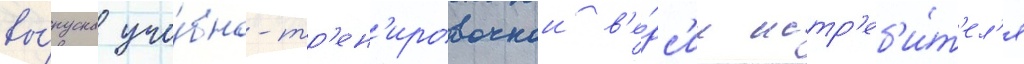
вы́пуска уче́бно-тр'ен'ировочнои в'е́рс'ии истр'еб'и́т'ел'я